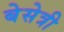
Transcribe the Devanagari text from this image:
बेसेत्री